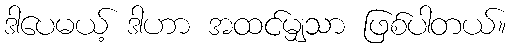
ဒါပေမယ့် ဒါဟာ အထင်မျှသာ ဖြစ်ပါတယ်။